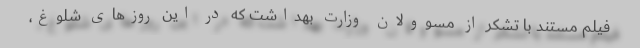
فیلم مستند با تشکر از مسوولان وزارت بهداشت که در این روزهای شلوغ،